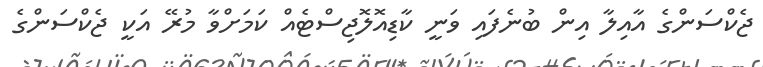
ޖެކްސަންގެ އާއިލާ އިން ބުނެފައި ވަނީ ކާޑިއޮލޮޖިސްޓެއް ކަމަށްވާ މުރޭ އަކީ ޖެކްސަންގެ